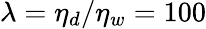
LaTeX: \lambda=\eta_{d}/\eta_{w}=100